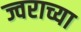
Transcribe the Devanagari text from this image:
ज्वराच्या